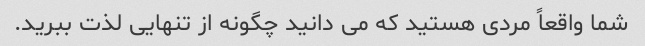
شما واقعاً مردی هستید که می دانید چگونه از تنهایی لذت ببرید.